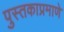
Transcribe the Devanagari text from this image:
पुस्तकाप्रमाणे